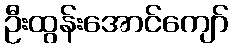
ဦးထွန်းအောင်ကျော်